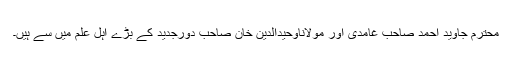
محترم جاوید احمد صاحب غامدی اور مولاناوحیدالدین خان صاحب دورجدید کے بڑے اہل علم میں سے ہیں۔